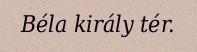
Béla király tér.